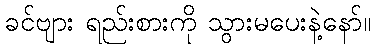
ခင်ဗျား ရည်းစားကို သွားမပေးနဲ့နော်။